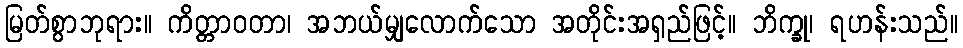
မြတ်စွာဘုရား။ ကိတ္တာဝတာ၊ အဘယ်မျှလောက်သော အတိုင်းအရှည်ဖြင့်။ ဘိက္ခု၊ ရဟန်းသည်။